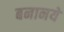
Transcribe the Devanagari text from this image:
बनानये